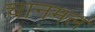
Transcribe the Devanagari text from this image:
चानमल